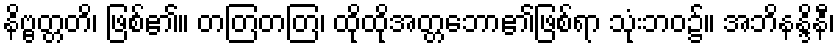
နိဗ္ဗတ္တတိ၊ ဖြစ်၏။ တတြတတြ၊ ထိုထိုအတ္တဘော၏ဖြစ်ရာ သုံးဘဝ၌။ အဘိနန္ဒိနီ၊